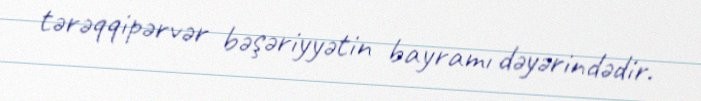
tərəqqipərvər bəşəriyyətin bayramı dəyərindədir.